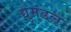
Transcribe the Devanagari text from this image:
द्युमंडल